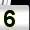
Digit: 5